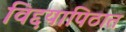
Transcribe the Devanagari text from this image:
विद्दयापिठात